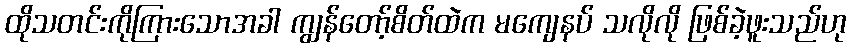
ထိုသတင်းကိုကြားသောအခါ ကျွန်တော့်စိတ်ထဲက မကျေနပ် သလိုလို ဖြစ်ခဲ့ဖူးသည်ဟု